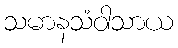
သမာနသံဝါသာယ